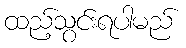
ထည့်သွင်းရပါမည်